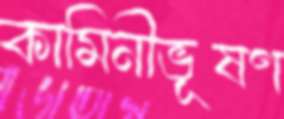
কামিনীভূষণ